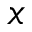
x